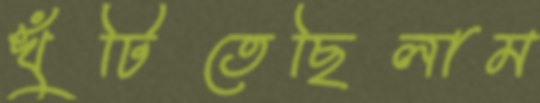
খুঁটিতেছিলাম